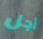
أجل